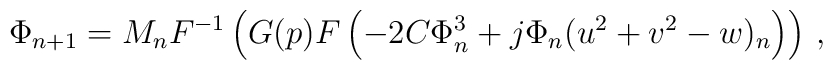
\Phi_{n+1}=M_{n}F^{-1}\left(G(p)F\left(-2C\Phi_{n}^{3}+j\Phi_{n}(u^{2}+v^{2}-w)_{n}\right)\right)  \, ,